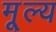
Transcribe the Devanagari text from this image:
मू्ल्य